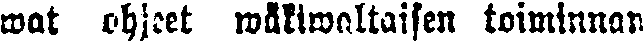
wat ohjeet wäkiwaltaisen toiminnan